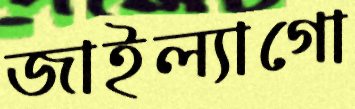
জাইল্যাগো